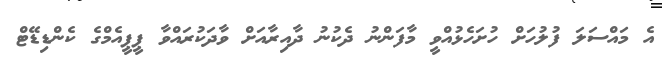
އެ މައްސަލަ ފުލުހަށް ހުށަހެޅުއްވީ މާފަންނު ދެކުނު ދާއިރާއަށް ވާދަކުރައްވާ ޕީޕީއެމްގެ ކެންޑިޑޭޓް